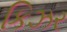
કિઝર